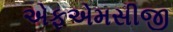
એફએમસીજી